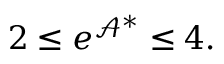
2 \leq e ^ { \mathcal { A } ^ { \ast } } \leq 4 .